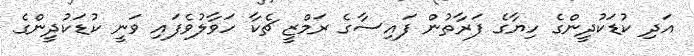
އަދި ކުޑަކުދީންގެ ހިޔާގެ ފަރާތުން ފައިސާގެ ރަމްޒީ ޗެކާ ހަވާލުވެފައި ވަނީ ކުޑަކުދީންގެ